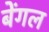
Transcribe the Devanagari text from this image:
बेंगल